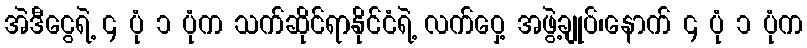
အဲဒီငွေရဲ့ ၄ ပုံ ၁ ပုံက သက်ဆိုင်ရာနိုင်ငံရဲ့ လက်ဝှေ့ အဖွဲ့ချုပ်၊နောက် ၄ ပုံ ၁ ပုံက